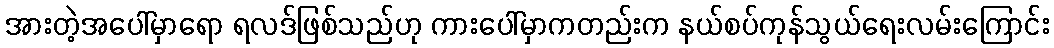
အားတဲ့အပေါ်မှာရော ရလဒ်ဖြစ်သည်ဟု ကားပေါ်မှာကတည်းက နယ်စပ်ကုန်သွယ်ရေးလမ်းကြောင်း